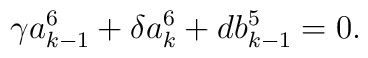
\gamma a^6_{k-1}+\delta a^6_k+db^5_{k-1}=0.